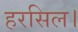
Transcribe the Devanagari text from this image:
हरसिल।